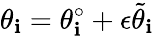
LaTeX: \theta_{\mathbf{i}}=\theta_{\mathbf{i}}^{\circ}+\epsilon\tilde{{\theta}}_{\mathbf{i}}